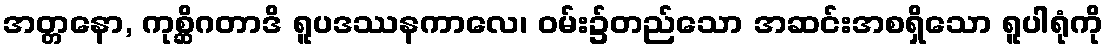
အတ္တနော, ကုစ္ဆိဂတာဒိ ရူပဒဿနကာလေ၊ ဝမ်း၌တည်သော အဆင်းအစရှိသော ရူပါရုံကို